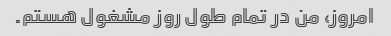
امروز، من در تمام طول روز مشغول هستم.